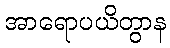
အာရောပယိတွာန